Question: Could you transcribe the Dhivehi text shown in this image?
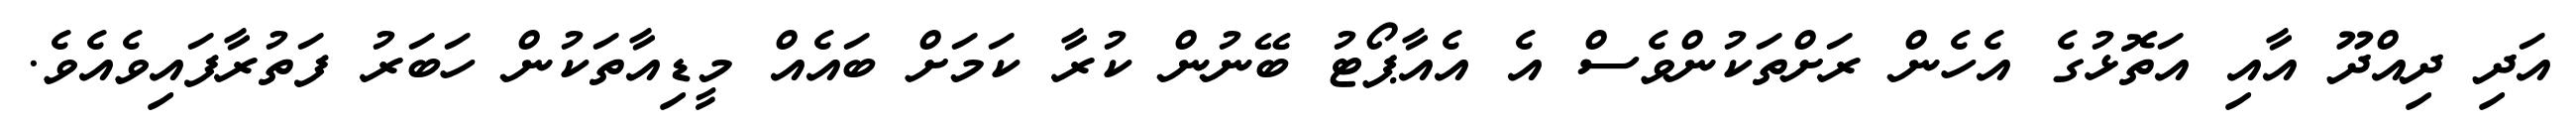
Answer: އަދި ދިއްދޫ އާއި އަތޮޅުގެ އެހެން ރަށްތަކުންވެސް އެ އެއާޕޯޓު ބޭނުން ކުރާ ކަމަށް ބައެއް މީޑިއާތަކުން ހަބަރު ފަތުރާފައިވެއެވެ.